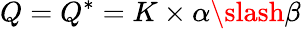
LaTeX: Q=Q^{*}=K\times\alpha\slash\beta